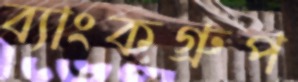
ব্যাংকগ্রুপ